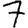
Digit: 7